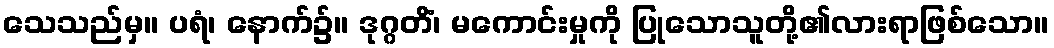
သေသည်မှ။ ပရံ၊ နောက်၌။ ဒုဂ္ဂတိံ၊ မကောင်းမှုကို ပြုသောသူတို့၏လားရာဖြစ်သော။